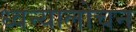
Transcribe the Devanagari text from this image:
ध्वन्यालोचन